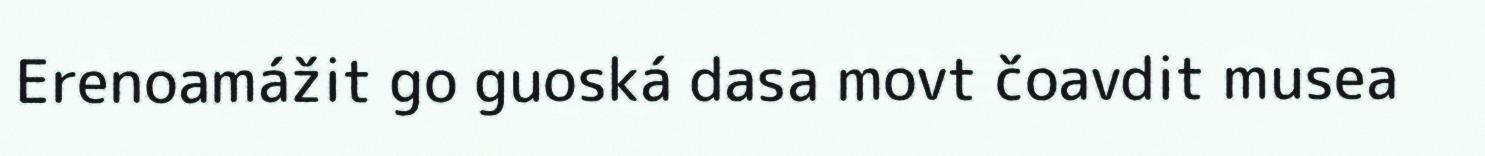
Erenoamážit go guoská dasa movt čoavdit musea